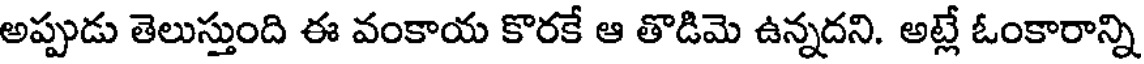
అప్పుడు తెలుస్తుంది ఈ వంకాయ కొరకే ఆ తొడిమె ఉన్నదని. అట్లే ఓంకారాన్ని